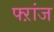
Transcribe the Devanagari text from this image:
फ्ऱांज